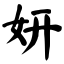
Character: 妍